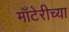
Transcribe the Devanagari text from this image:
माँटेरीच्या